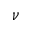
\nu